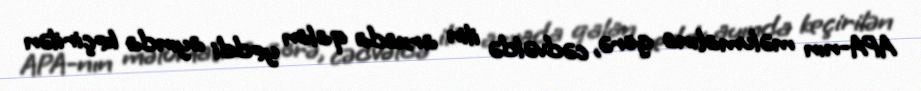
APA-nın məlumatına görə, cədvəldə ilin arxada qalan yeddi ayında keçirilən